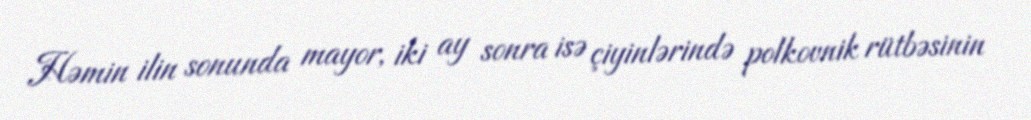
Həmin ilin sonunda mayor, iki ay sonra isə çiyinlərində polkovnik rütbəsinin